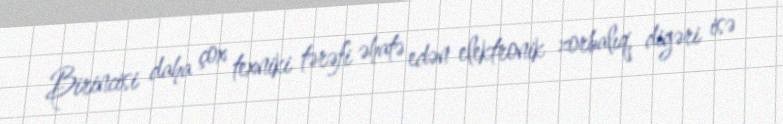
Birincisi daha çox texniki tərəfi əhatə edən elektronik zorbalıq, digəri isə